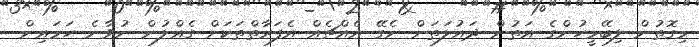
މިގޮތުން ލިބޭމީހުންގެ އަތުން ދައުލަތަށް ނެގޭ އެއްޗެއް އެފަރާތްތަކަށް ގެއްލުން ނުވާނެ ހަމައިން